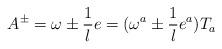
LaTeX: \begin{align*}A^\pm=\omega\pm\frac{1}{l}e=(\omega^a\pm\frac{1}{l}e^a)T_a\end{align*}